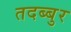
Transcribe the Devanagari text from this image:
तदब्बुर